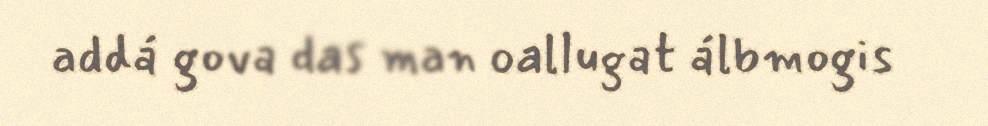
addá gova das man oallugat álbmogis